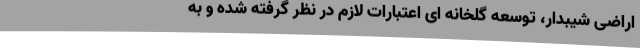
اراضی شیبدار، توسعه گلخانه ای اعتبارات لازم در نظر گرفته شده و به